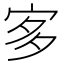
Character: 㝖